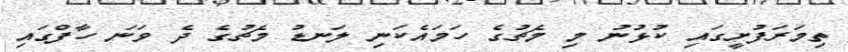
ތިމަރަފުށީގައި ކުޅުނު މި މެޗުގެ ހަމައެކަނި ލަނޑު މެޗުގެ ދެ ވަނަ ހާފްގައި